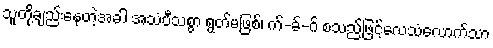
သူတို့ချည်းနေတဲ့အခါ အသံပီသစွာ ရွတ်မဖြစ်၊ က်-ခ်-ဂ် စသည်ဖြင့်လေသံလောက်သာ